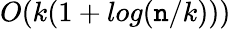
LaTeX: O(k(1+log(\mathtt{n}/k)))